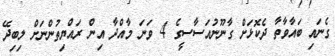
ގެނައި ބައާވާތާ ދެކޮޅަށް ގާނޫނުއަސާސީގެ 4 ވަނަ މާއްދާ އިން ރައްޔިތުންނަށް ލިބިދޭ